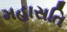
મહાસતિ